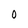
Character: O